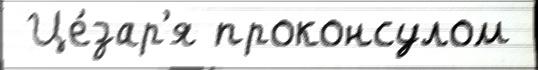
 Це́зар'я проконсулом